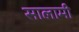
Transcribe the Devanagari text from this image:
सालामी